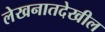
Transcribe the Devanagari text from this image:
लेखनातदेखील